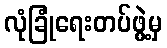
လုံခြုံရေးတပ်ဖွဲ့မှ